Treatise on elephants
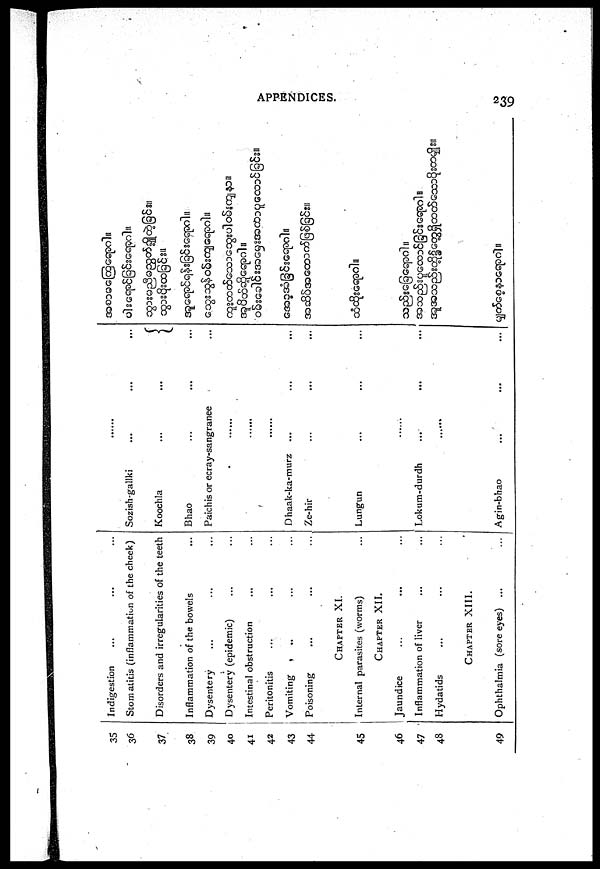
APPENDICES.
239
35
36
37
38
39
40
41
42
43
44
45
46
47
48
49
Indigestion
Stomatitis (inflammation of the cheek)
Disorders and irregularities of the teeth
Inflammation of the bowels
Dysentery
Dysentery (epidemic)
Intestinal obstruction
Peritonitis
Vomiting
Poisoning
CHAPTER
XI.
Internal parasites (worms) ...
CHAPTER
XII.
Jaundice ... ... ...
Inflammation of liver ... ... ...
Hydatids ... ... ...
CHAPTER XIII.
Ophthalmia (sore eyes) ... ...
......
Sozish-gallki
Koochla
...
...
Bhao
Paichis or eeray-sangranee
.........
.........
.........
Dhaak-ka-murz ... ... ...
Ze-hir ... ... ...
Lungun ... ... ...
Lokum-durdh ... ... ...
......
Agin-bhao ... ... ...